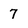
Character: 7